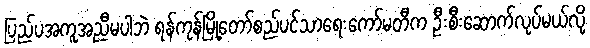
ပြည်ပအကူအညီမပါဘဲ ရန်ကုန်မြို့တော်စည်ပင်သာရေးကော်မတီက ဦးစီးဆောက်လုပ်မယ်လို့